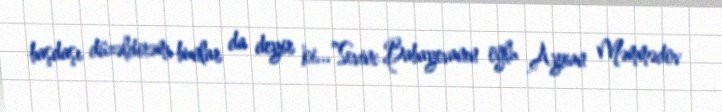
başdaşı düzəldirəm, bunlar da deyir ki...”Sevinc Babayevanın oğlu Ayxan Məmmədov